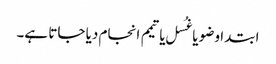
ابتدا وضو یا غُسل یا تیمم انجام دیا جاتا ہے۔